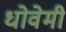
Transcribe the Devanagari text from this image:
धोवेमी